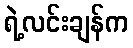
ရဲ့လင်းချန်က